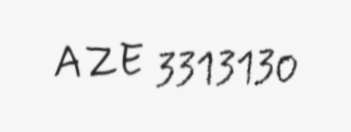
AZE 3313130